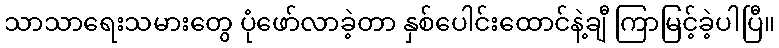
သာသာရေးသမားတွေ ပုံဖော်လာခဲ့တာ နှစ်ပေါင်းထောင်နဲ့ချီ ကြာမြင့်ခဲ့ပါပြီ။